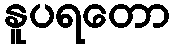
နူပရတော